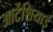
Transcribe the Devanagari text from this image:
आर्टेशियाई